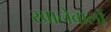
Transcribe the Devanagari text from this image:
खानेवालों